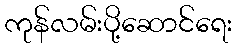
ကုန်လမ်းပို့ဆောင်ရေး